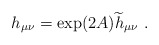
\begin{align*}h_{\mu\nu}=\exp(2A) {\widetilde h}_{\mu\nu}~.\end{align*}